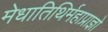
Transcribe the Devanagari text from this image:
मेधातिथिर्महाप्राज्ञो